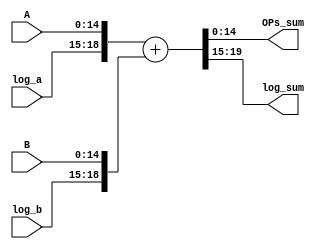
// This program was cloned from: https://github.com/iCAS-Lab/APTPU
// License: MIT License

// MIT License
// 
// Copyright (c) 2021-2024 iCAS Lab
// 
// Permission is hereby granted, free of charge, to any person obtaining a copy
// of this software and associated documentation files (the "Software"), to deal
// in the Software without restriction, including without limitation the rights
// to use, copy, modify, merge, publish, distribute, sublicense, and/or sell
// copies of the Software, and to permit persons to whom the Software is
// furnished to do so, subject to the following conditions:
// 
// The above copyright notice and this permission notice shall be included in all
// copies or substantial portions of the Software.
// 
// THE SOFTWARE IS PROVIDED "AS IS", WITHOUT WARRANTY OF ANY KIND, EXPRESS OR
// IMPLIED, INCLUDING BUT NOT LIMITED TO THE WARRANTIES OF MERCHANTABILITY,
// FITNESS FOR A PARTICULAR PURPOSE AND NONINFRINGEMENT. IN NO EVENT SHALL THE
// AUTHORS OR COPYRIGHT HOLDERS BE LIABLE FOR ANY CLAIM, DAMAGES OR OTHER
// LIABILITY, WHETHER IN AN ACTION OF CONTRACT, TORT OR OTHERWISE, ARISING FROM,
// OUT OF OR IN CONNECTION WITH THE SOFTWARE OR THE USE OR OTHER DEALINGS IN THE
// SOFTWARE.

// Company: iCAS Lab, University of South Carolina
// Design Name: 
// Module Name: Adder
// Project Name: 
// Target Devices: 
// Tool Versions: 
// Description: 
// 
// Dependencies: 
// 
// Revision:
// Revision 0.01 - File Created
// Additional Comments:
// 
//////////////////////////////////////////////////////////////////////////////////

`timescale 1ns / 1ps

module Adder #(parameter LOG2_WIDTH = 4, WIDTH = 2**LOG2_WIDTH)
(
input wire	[WIDTH-2:0]	     A,B,
input wire  [LOG2_WIDTH-1:0] log_a,              // Log of A-Operand (P_Encoder output)
input wire  [LOG2_WIDTH-1:0] log_b,              // Log of B-Operand (P_Encoder output)
output  	[WIDTH-2:0]		 OPs_sum,
output		[LOG2_WIDTH:0]	 log_sum
);


wire [LOG2_WIDTH+WIDTH-2:0] a_lga_conct;        // Concatenate A operand with logA
wire [LOG2_WIDTH+WIDTH-2:0] b_lga_conct;        // Concatenate B Operand with logB
wire  [LOG2_WIDTH+WIDTH-1:0]	sum ;


assign a_lga_conct = {log_a,A};
assign b_lga_conct = {log_b,B};

assign sum = a_lga_conct + b_lga_conct;

assign OPs_sum = sum[WIDTH-2:0] ;
assign log_sum = sum[LOG2_WIDTH+WIDTH-1:WIDTH-1] ;


endmodule